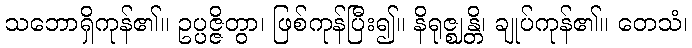
သဘောရှိကုန်၏။ ဥပ္ပဇ္ဇိတွာ၊ ဖြစ်ကုန်ပြီး၍။ နိရုဇ္ဈန္တိ၊ ချုပ်ကုန်၏။ တေသံ၊